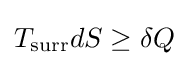
T_{\text{surr}}dS\geq \delta Q